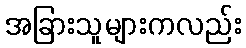
အခြားသူများကလည်း